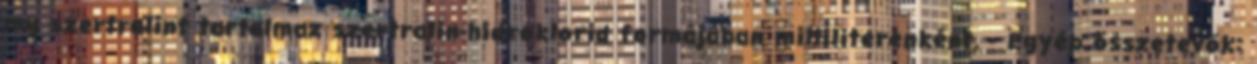
mg szertralint tartalmaz szertralin-hidroklorid formájában milliliterenként. - Egyéb összetevők: